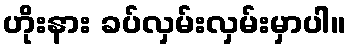
ဟိုးနား ခပ်လှမ်းလှမ်းမှာပါ။